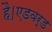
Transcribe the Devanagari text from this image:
है।एडवर्ड